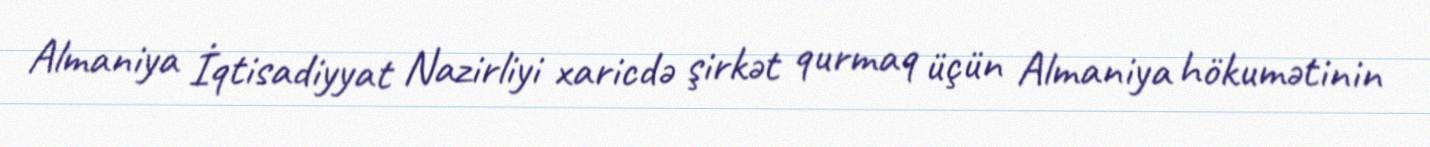
Almaniya İqtisadiyyat Nazirliyi xaricdə şirkət qurmaq üçün Almaniya hökumətinin